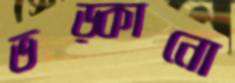
ভড়্‌কানো